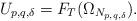
LaTeX: \begin{align*}U_{p,q,\delta}=F_{T}(\Omega_{N_{p,q,\delta}}).\end{align*}